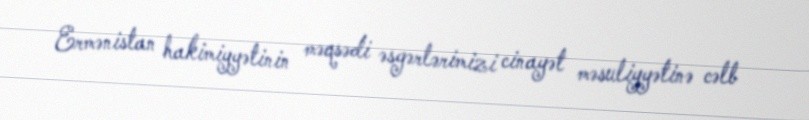
Ermənistan hakimiyyətinin məqsədi əsgərlərimizi cinayət məsuliyyətinə cəlb